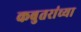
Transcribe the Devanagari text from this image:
कबुतरांच्या